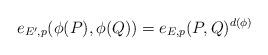
LaTeX: \begin{align*}e_{E',p}(\phi(P), \phi(Q)) = e_{E,p}(P, Q)^{d(\phi)} \end{align*}